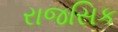
રાજસિક